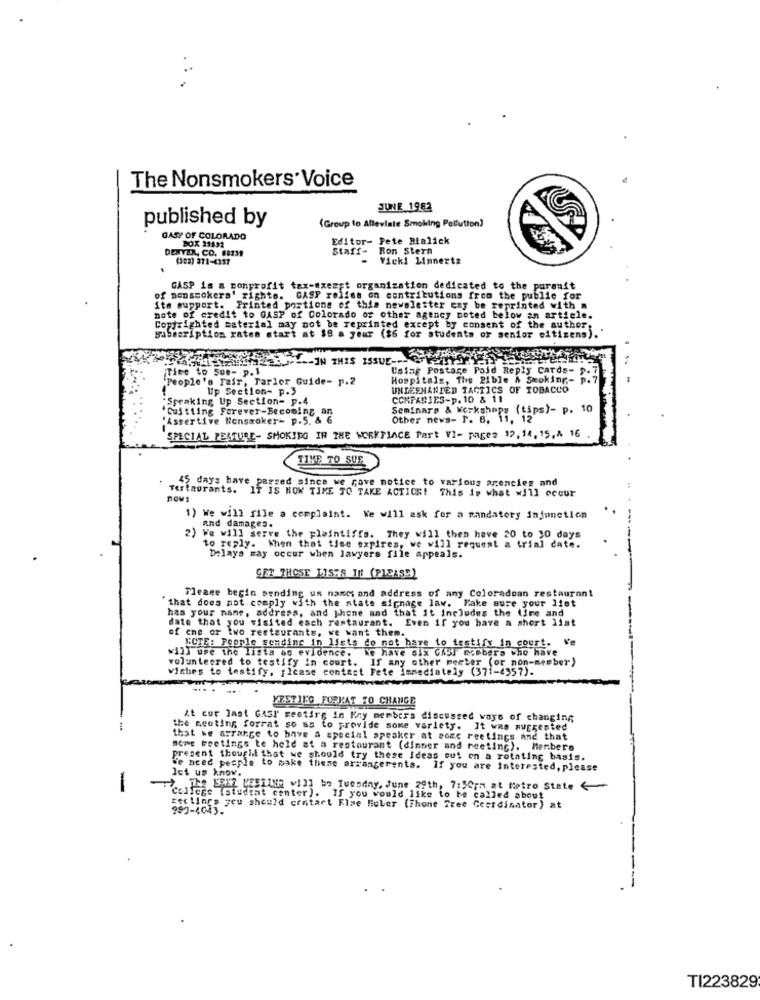
The Nonsmokers Voice
JUNE 1982
published by
(Group to Alleviate Smoking Pollution)
GASP OF COLORADO
BOX 33132
Editor- Pete Bialick
DENVER, CO. 68231
Staff- Ron Stern
(383) 371-4357
Vicki Linnerts
GASP is a nonprofit tax-exempt organization dedicated to the pursuit
of nonsmokera' righto. GASP relies on contributions from the public for
ito support. Printed portions of this newsletter cay be reprinted with a
note of credit to GASP of Colorado of other agency noted below an article.
Copyrighted material may not be reprinted except by consent of the author:
Subscription raten start at $8 a year ($6 for students of senior citizens).
WETELL-IN THIS ISSUE ----
Time to sue- p. 1
Using Postage Paid Reply Cards-5
"People's Fair, Parler Guide- p.2
Hospitals, The Bible & Stoking ,-
Up Section- p.3
UNDESHANDED TACTICS OF TOBACCO
"Speaking Up Section= p.4
COMPANIES-p. 10 & 11
Seminars & Workshops (tips)- p. 10
.Cultiing Forever-Becoming an
"Assertive Nonsmoker- p.5. & 6
Other news- P. 8, 11, 12
SPECIAL FEATURE- SMOKING IN THE WORKPLACE Part VI- pages 12, 14, 15,4 16
TIME TO SUE
45 days have passed since we rave notice to various agencies and
Testaurants. IT IS HOW TIME TO TAKE ACTION! This is what will occur
1) We will file a complaint. We will ask for a mandatory injunction
and damages.
2) We will serve the plaintiffs. They will then have 20 to 30 days
to reply. When that time expires, we will request a trial date.
Delays may occur when lawyers file appeals.
GER THOSE LISTS IN (PLEASE)
Tlease begin sending us names and address of any Coloradoan restaurant
'that does not comply with the state signage law. Make sure your list
has your name, address, and phone and that it Includes the line and
date that you visited each restaurant. Even if you have a short list
of one or two restaurants, we want them.
ECTE: People semdine in lists do not have to testify in court. Ve
will use the lists as evidence. IF have six GASI mccbers who have
volunteered to testify in court. If any other perter (or non-member)
viches to testify, ; lcase contact Fete immediately (371-4357).
YESTIEG FUPKAT TO CHANGE
At cur last GASP gestire in Key members discussed ways of changing
the Renting forrat so as to provide some variety. It was suggested
that we arrange to have a special speaker at some reetings and that
some Feelings te held at a restaurant (dinner and meeting). Menbero
present thought that we should try these Ideas out on a rotating basis.
We need people to make theme arrangerents. If you are Interested, please
let us know.
-
7:50pm at Metro State
College (student center). If you would like to be called about
Feclings you should contact Flae Huber (fhone Tree Ceerdinator) at
TI223829